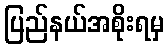
ပြည်နယ်အစိုးရမှ